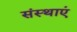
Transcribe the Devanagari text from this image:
संस्थाएं